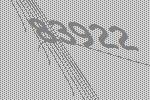
83922